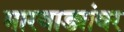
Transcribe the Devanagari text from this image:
मारवाड्यांवर